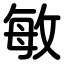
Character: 敏